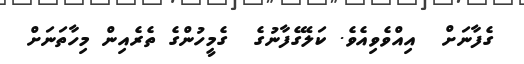
ގެފާނަށް  އިއްވެވިއެވެ. ކަލޭގެފާނުގެ  ގެމީހުންގެ ތެރެއިން މިހާތަނަށް